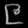
Digit: ၉